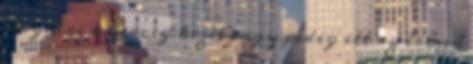
megkéri a herceg kezét vagy pedig itt az írónő